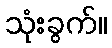
သုံးခွက်။